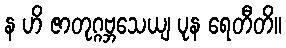
န ဟိ ဇာတုဂ္ဂဗ္ဘသေယျ ပုန ရေတီတိ။